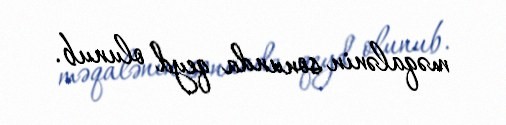
məqalənin sonunda qeyd olunub.